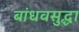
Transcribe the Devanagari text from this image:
बांधवसुद्धा